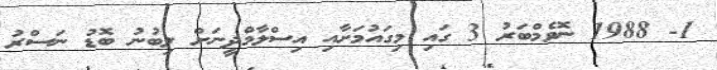
1- 1988 ނޮވެމްބަރު 3 ގައި މިގައުމަށާއި އިސްލާމްދީނަށް ލިބުނު ބޮޑު ނަސްރު